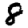
Digit: 8